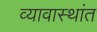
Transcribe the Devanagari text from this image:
व्यावास्थांत